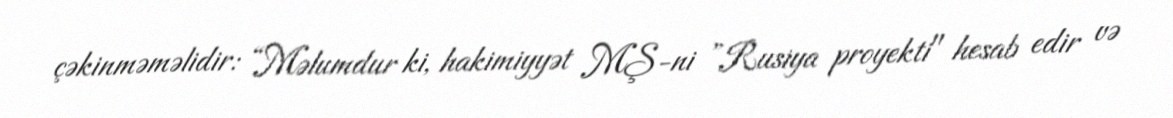
çəkinməməlidir: “Məlumdur ki, hakimiyyət MŞ-ni ”Rusiya proyekti" hesab edir və